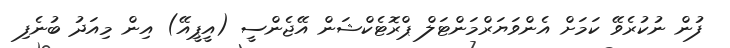
ފުން ނުކުރެވޭ ކަމަށް އެންވަޔަރްމަންޓަލް ޕްރޮޓެކްޝަން އޭޖެންސީ (އީޕީއޭ) އިން މިއަދު ބުނެފި